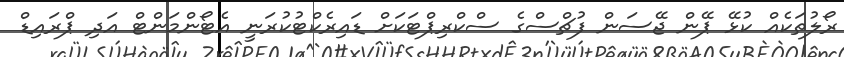
ރޯލުތަކެއް ކުޅޭ ޕޭން ޖޭސަން ފުޗްސްގެ ސްކްރިޕްޓަކަށް ޑައިރެކްޓުކުރަނީ އެޓޯންމަންޓް އަދި ޕްރައިޑް